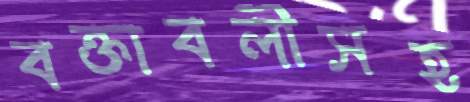
বক্তাবলীসহ